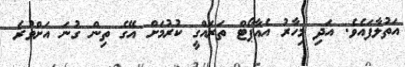
އަތުލާފައެވެ. އަދި މިހާރު އެއާޕޯޓް ތަރައްގީ ކުރުމަށް އޭގެ ތިން ގުނަ އަށްވުރެ